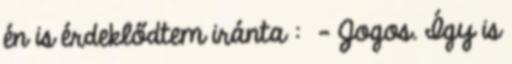
én is érdeklődtem iránta : - Jogos. Így is